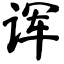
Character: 诨